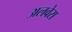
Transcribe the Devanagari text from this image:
अलवेरा